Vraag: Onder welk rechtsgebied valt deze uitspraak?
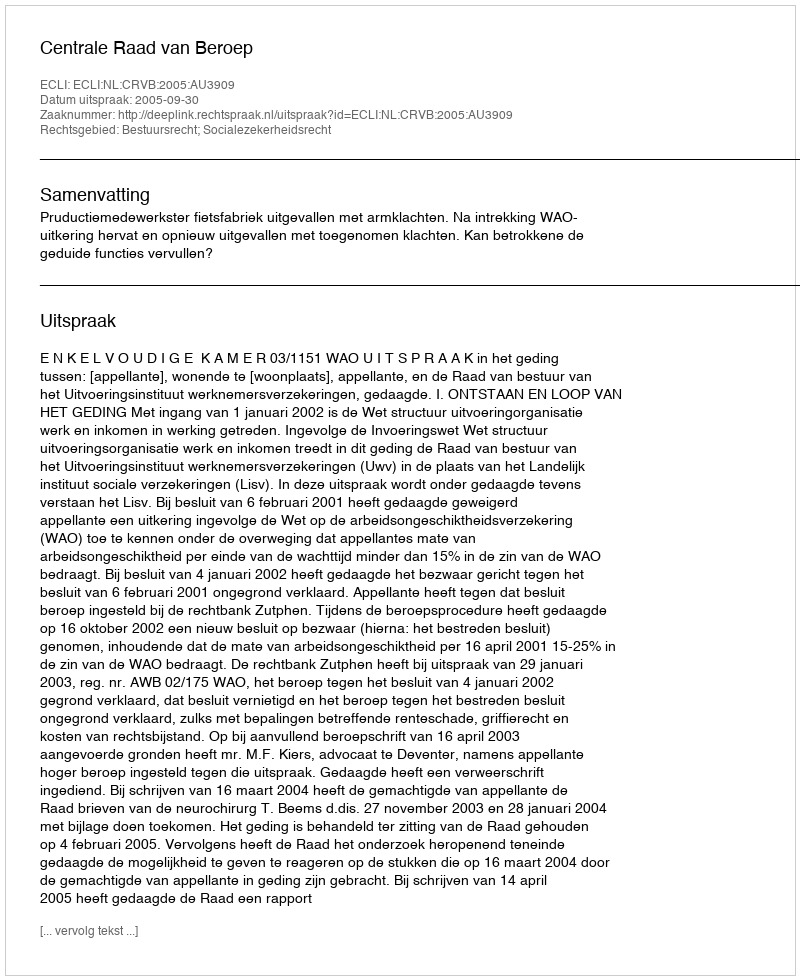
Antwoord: Bestuursrecht; Socialezekerheidsrecht